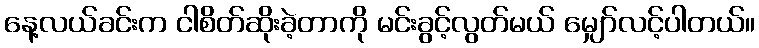
နေ့လယ်ခင်းက ငါစိတ်ဆိုးခဲ့တာကို မင်းခွင့်လွတ်မယ် မျှော်လင့်ပါတယ်။